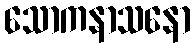
သောကနာသနော